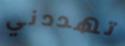
تهددني